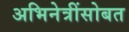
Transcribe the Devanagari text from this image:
अभिनेत्रींसोबत